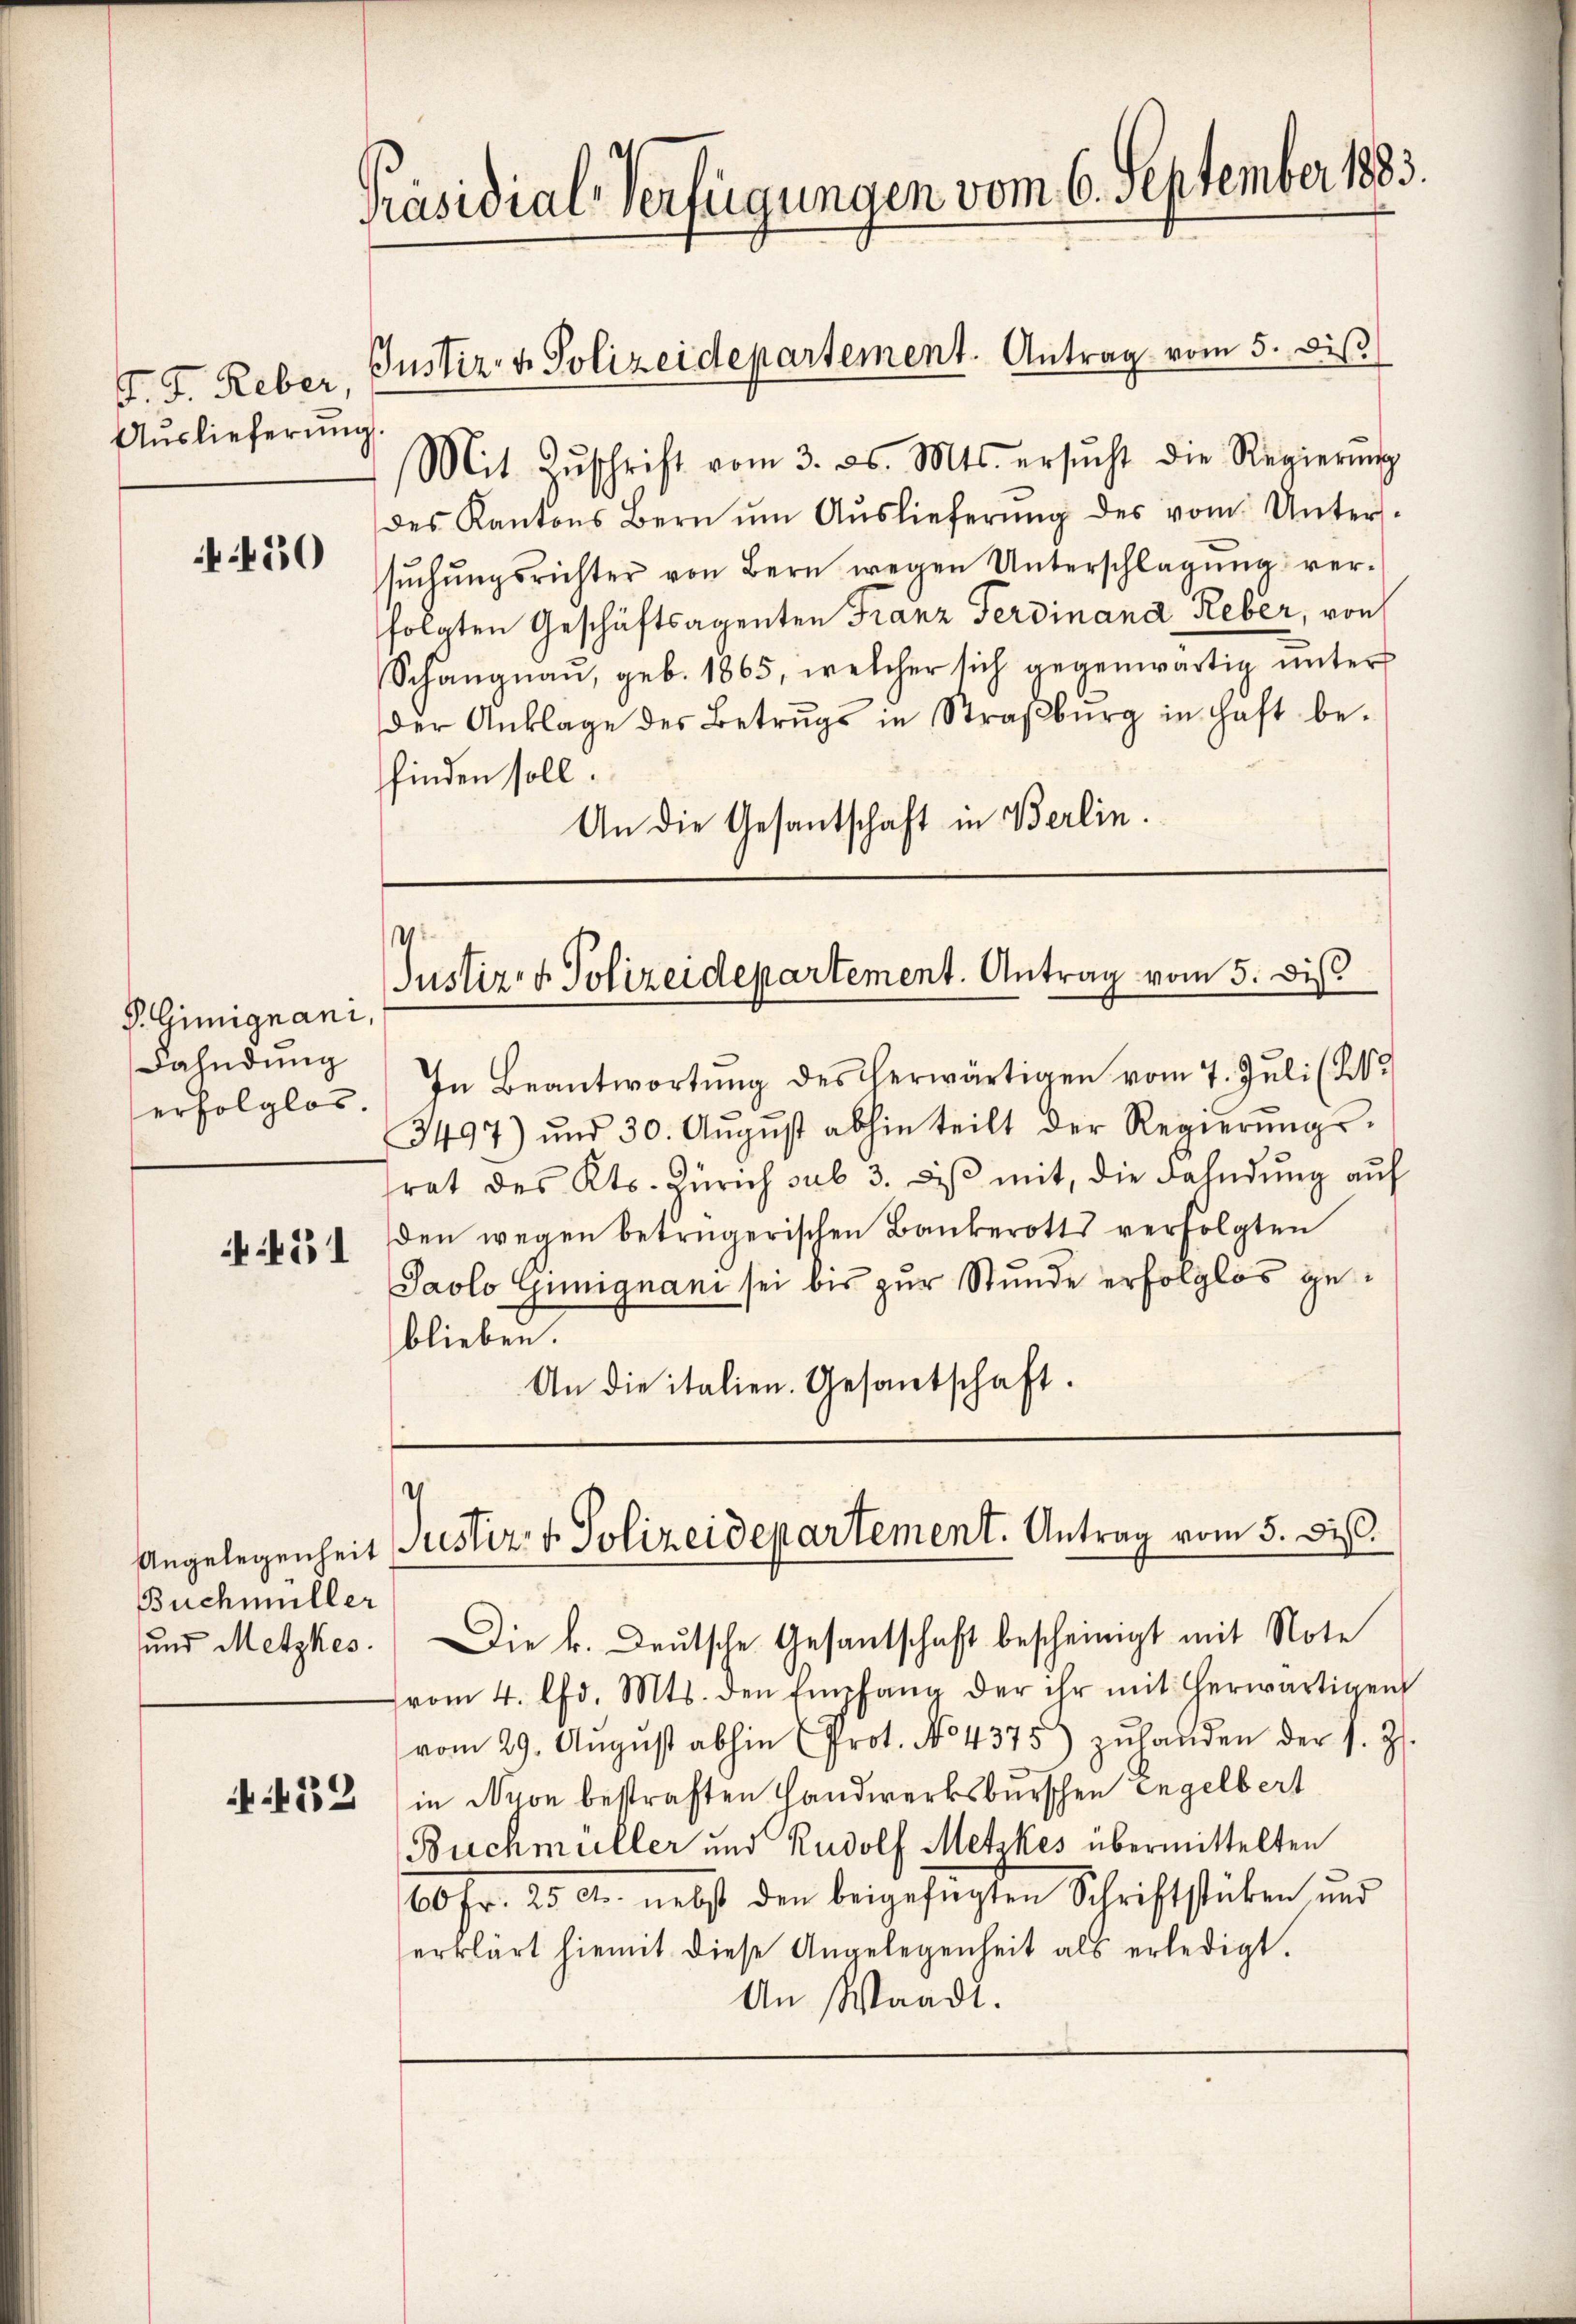
F. J. Reber
Aŭslieferŭng.

450

P. Gimignani,
Dahndung
erfolglos.

451

Angelegenheit
Buchmüller
und Metzkes.

432

Präsidial-Verfügungen vom 6. September 1883.

Mit Zŭschrift vom 3. ds. Mts. ersŭcht die Regierŭng
des Kantons Bern ŭm Aŭslieferŭng des vom Unters-
sŭchŭngsrichter von Bern wegen Unterschlagung verfolgten Geschäftsagenten Franz Ferdinand Reber, von
Schangnau, geb. 1865, welcher sich gegenwärtig unter
der Anklage des Betrŭgs in Straßburg in haft be-
finden soll.
An die Gesantschaft in Berlin.

Justiz- & Polizeidepartement. Antrag vom 5. diβ

e
Justiz- & Polizeidepartement. Antrag vom 5. dis

In Beantwortŭng des herwärtigen vom 7. Jŭli (2.
3497) und 30. Aŭgŭst abhin teilt der Regierŭngs-
frat des Kts. Zürich sub 3. diβ mit, die Fahndung auf
den wegen betrügerischen Bankerotts verfolgten
Jaolo Günignani sei bis zur Stunde erfolglos geblieben.
An die italien. Gesantschaft.

Justiz & Polizeidepartement. Antrag vom 5. di

Die k. Deutsche Gesantschaft bescheinigt mit Note
vom 4. d. Mts. den Empfang der ihr mit herwärtigen
vom 29. Aŭgŭst abhin (Prot. No 4375) zŭhanden der s. Z.
in Nyon bestraften Handwerksburschen Engelbert
Buchmüller und Rudolf Metzkes übermittelten
60 Fr. 250. nebst den beigefügten Schriftstücken und
erklärt hiemit diese Angelegenheit als erledigt.
An Waadt.